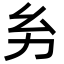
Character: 𢆲